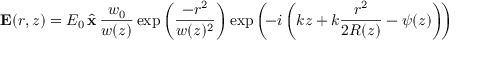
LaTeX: { \mathbf { E } ( r , z ) } = E _ { 0 } \, { \hat { \mathbf { x } } } \, { \frac { w _ { 0 } } { w ( z ) } } \exp \left( { \frac { - r ^ { 2 } } { w ( z ) ^ { 2 } } } \right) \exp \left( \! - i \left( k z + k { \frac { r ^ { 2 } } { 2 R ( z ) } } - \psi ( z ) \right) \! \right)